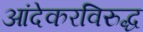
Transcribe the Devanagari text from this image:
आंदेकरविरुद्ध